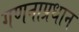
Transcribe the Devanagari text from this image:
गणनाप्रधान